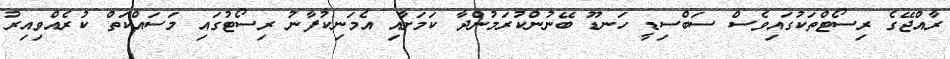
ރާއްޖޭގެ ރިސޯޓްތަކުގައިވެސް ސަބްސިޑީ ހަނޑޫ ބޭނުންކުރަމުންދާ ކަމަށާއި އެމަނިކުފާނު ރިސޯޓުގައި މަސައްކަތް ކުރެއްވިއިރު